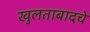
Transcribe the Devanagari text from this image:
खुलताबादचे